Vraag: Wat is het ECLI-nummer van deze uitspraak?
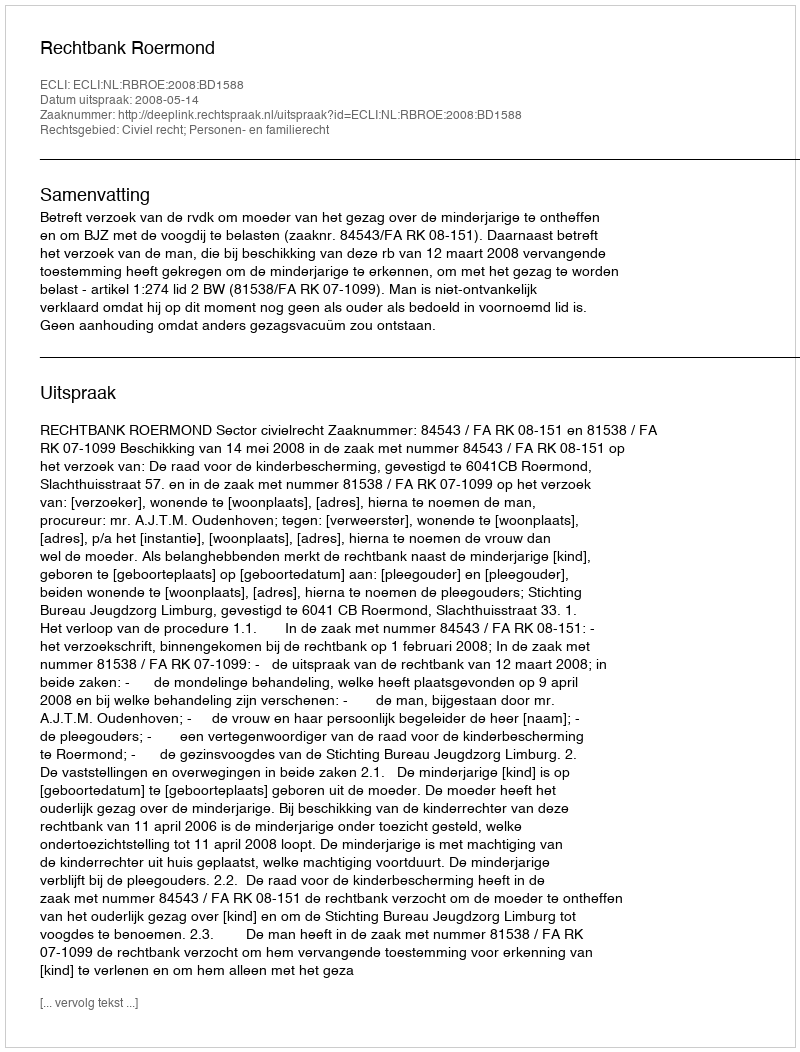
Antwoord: ECLI:NL:RBROE:2008:BD1588